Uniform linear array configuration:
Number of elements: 48
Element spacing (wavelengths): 1
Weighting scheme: binomial
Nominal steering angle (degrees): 45
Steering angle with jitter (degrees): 46.09
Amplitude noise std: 0.05
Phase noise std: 0.05

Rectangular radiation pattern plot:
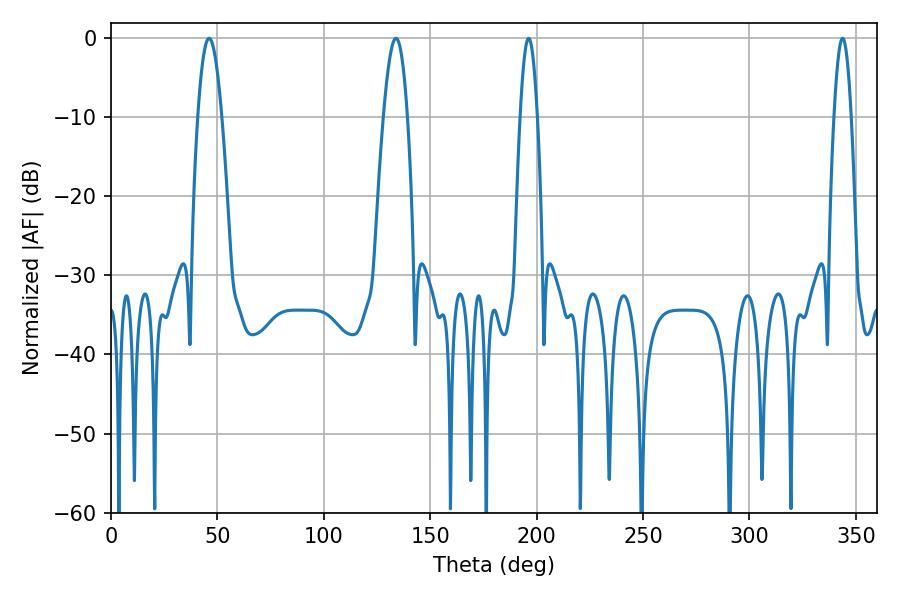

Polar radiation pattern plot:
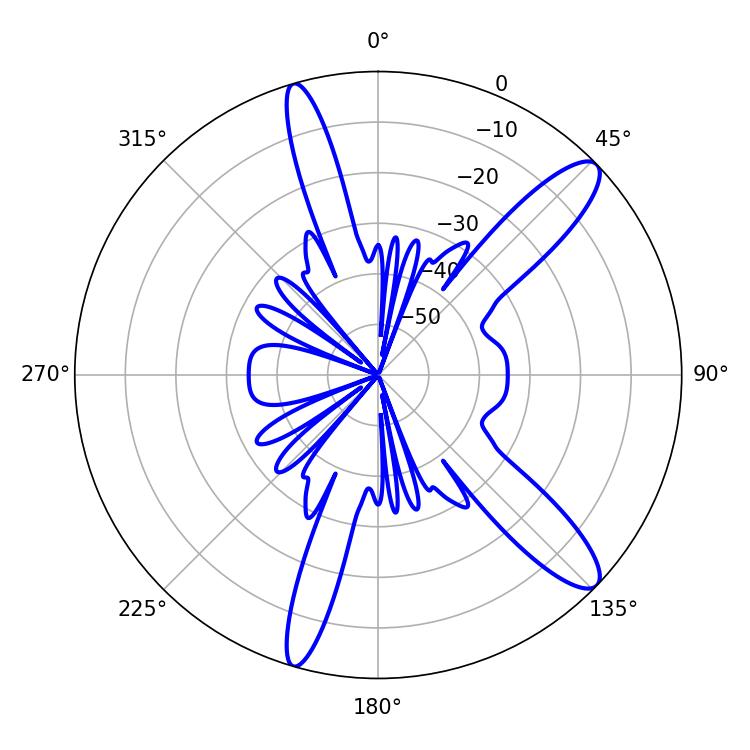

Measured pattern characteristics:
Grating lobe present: TRUE
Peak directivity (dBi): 12.18
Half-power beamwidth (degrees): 5.94
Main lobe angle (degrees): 46.08